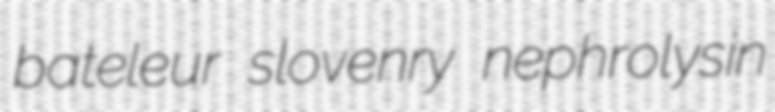
bateleur slovenry nephrolysin